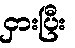
ငှားပြီး